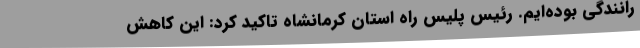
رانندگی بوده‌ایم. رئیس پلیس راه استان کرمانشاه تاکید کرد: این کاهش